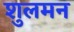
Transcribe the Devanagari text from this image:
शुलमन